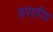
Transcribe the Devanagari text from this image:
प्रपातीय